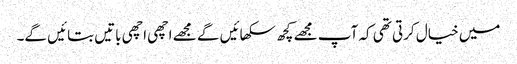
میں خیال کرتی تھی کہ آپ مجھے کچھ سکھائیں گے مجھے اچھی اچھی باتیں بتائیں گے۔